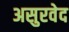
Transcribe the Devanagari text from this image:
असुरवेद